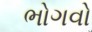
ભોગવો